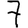
Digit: 7